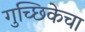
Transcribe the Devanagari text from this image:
गुच्छिकेचा